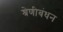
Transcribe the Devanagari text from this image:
श्रेणीबंधन